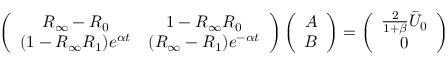
\left( \begin{array} { c c } { R _ { \infty } - R _ { 0 } } & { 1 - R _ { \infty } R _ { 0 } } \\ { ( 1 - R _ { \infty } R _ { 1 } ) e ^ { \alpha t } } & { ( R _ { \infty } - R _ { 1 } ) e ^ { - \alpha t } } \end{array} \right) \left( \begin{array} { c } { A } \\ { B } \end{array} \right) = \left( \begin{array} { c } { \frac { 2 } { 1 + \beta } \bar { U } _ { 0 } } \\ { 0 } \end{array} \right)